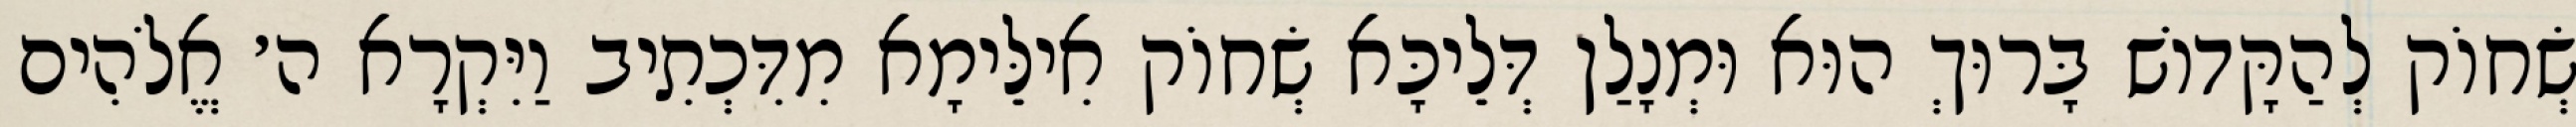
שְׂחוֹק לְהַקָּדוֹשׁ בָּרוּךְ הוּא וּמְנָלַן דְּלֵיכָּא שְׂחוֹק אִילֵּימָא מִדִּכְתִיב וַיִּקְרָא ה׳ אֱלֹהִים